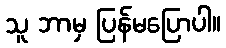
သူ ဘာမှ ပြန်မပြောပါ။